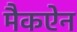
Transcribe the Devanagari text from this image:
मैकऐन